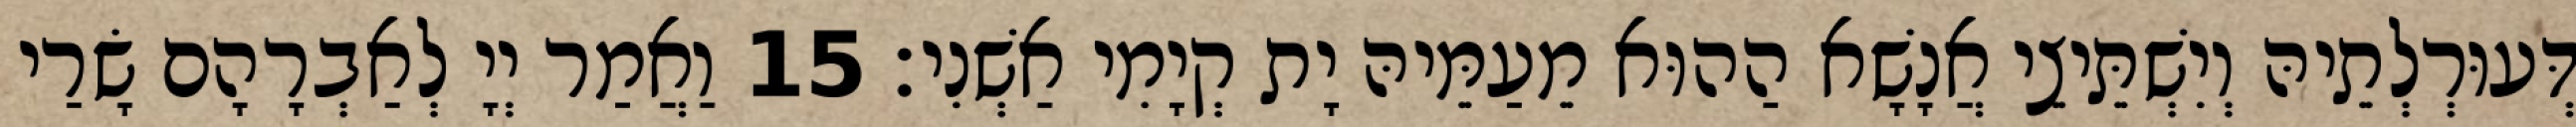
דְּעוּרְלְתֵיהּ וְיִשְׁתֵּיצֵי אֲנָשָׁא הַהוּא מֵעַמֵּיהּ יָת קְיָמִי אַשְׁנִי׃ 15 וַאֲמַר יְיָ לְאַבְרָהָם שָׂרַי